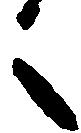
之